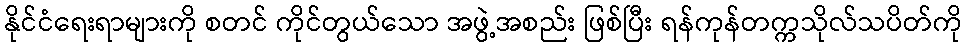
နိုင်ငံရေးရာများကို စတင် ကိုင်တွယ်သော အဖွဲ့အစည်း ဖြစ်ပြီး ရန်ကုန်တက္ကသိုလ်သပိတ်ကို